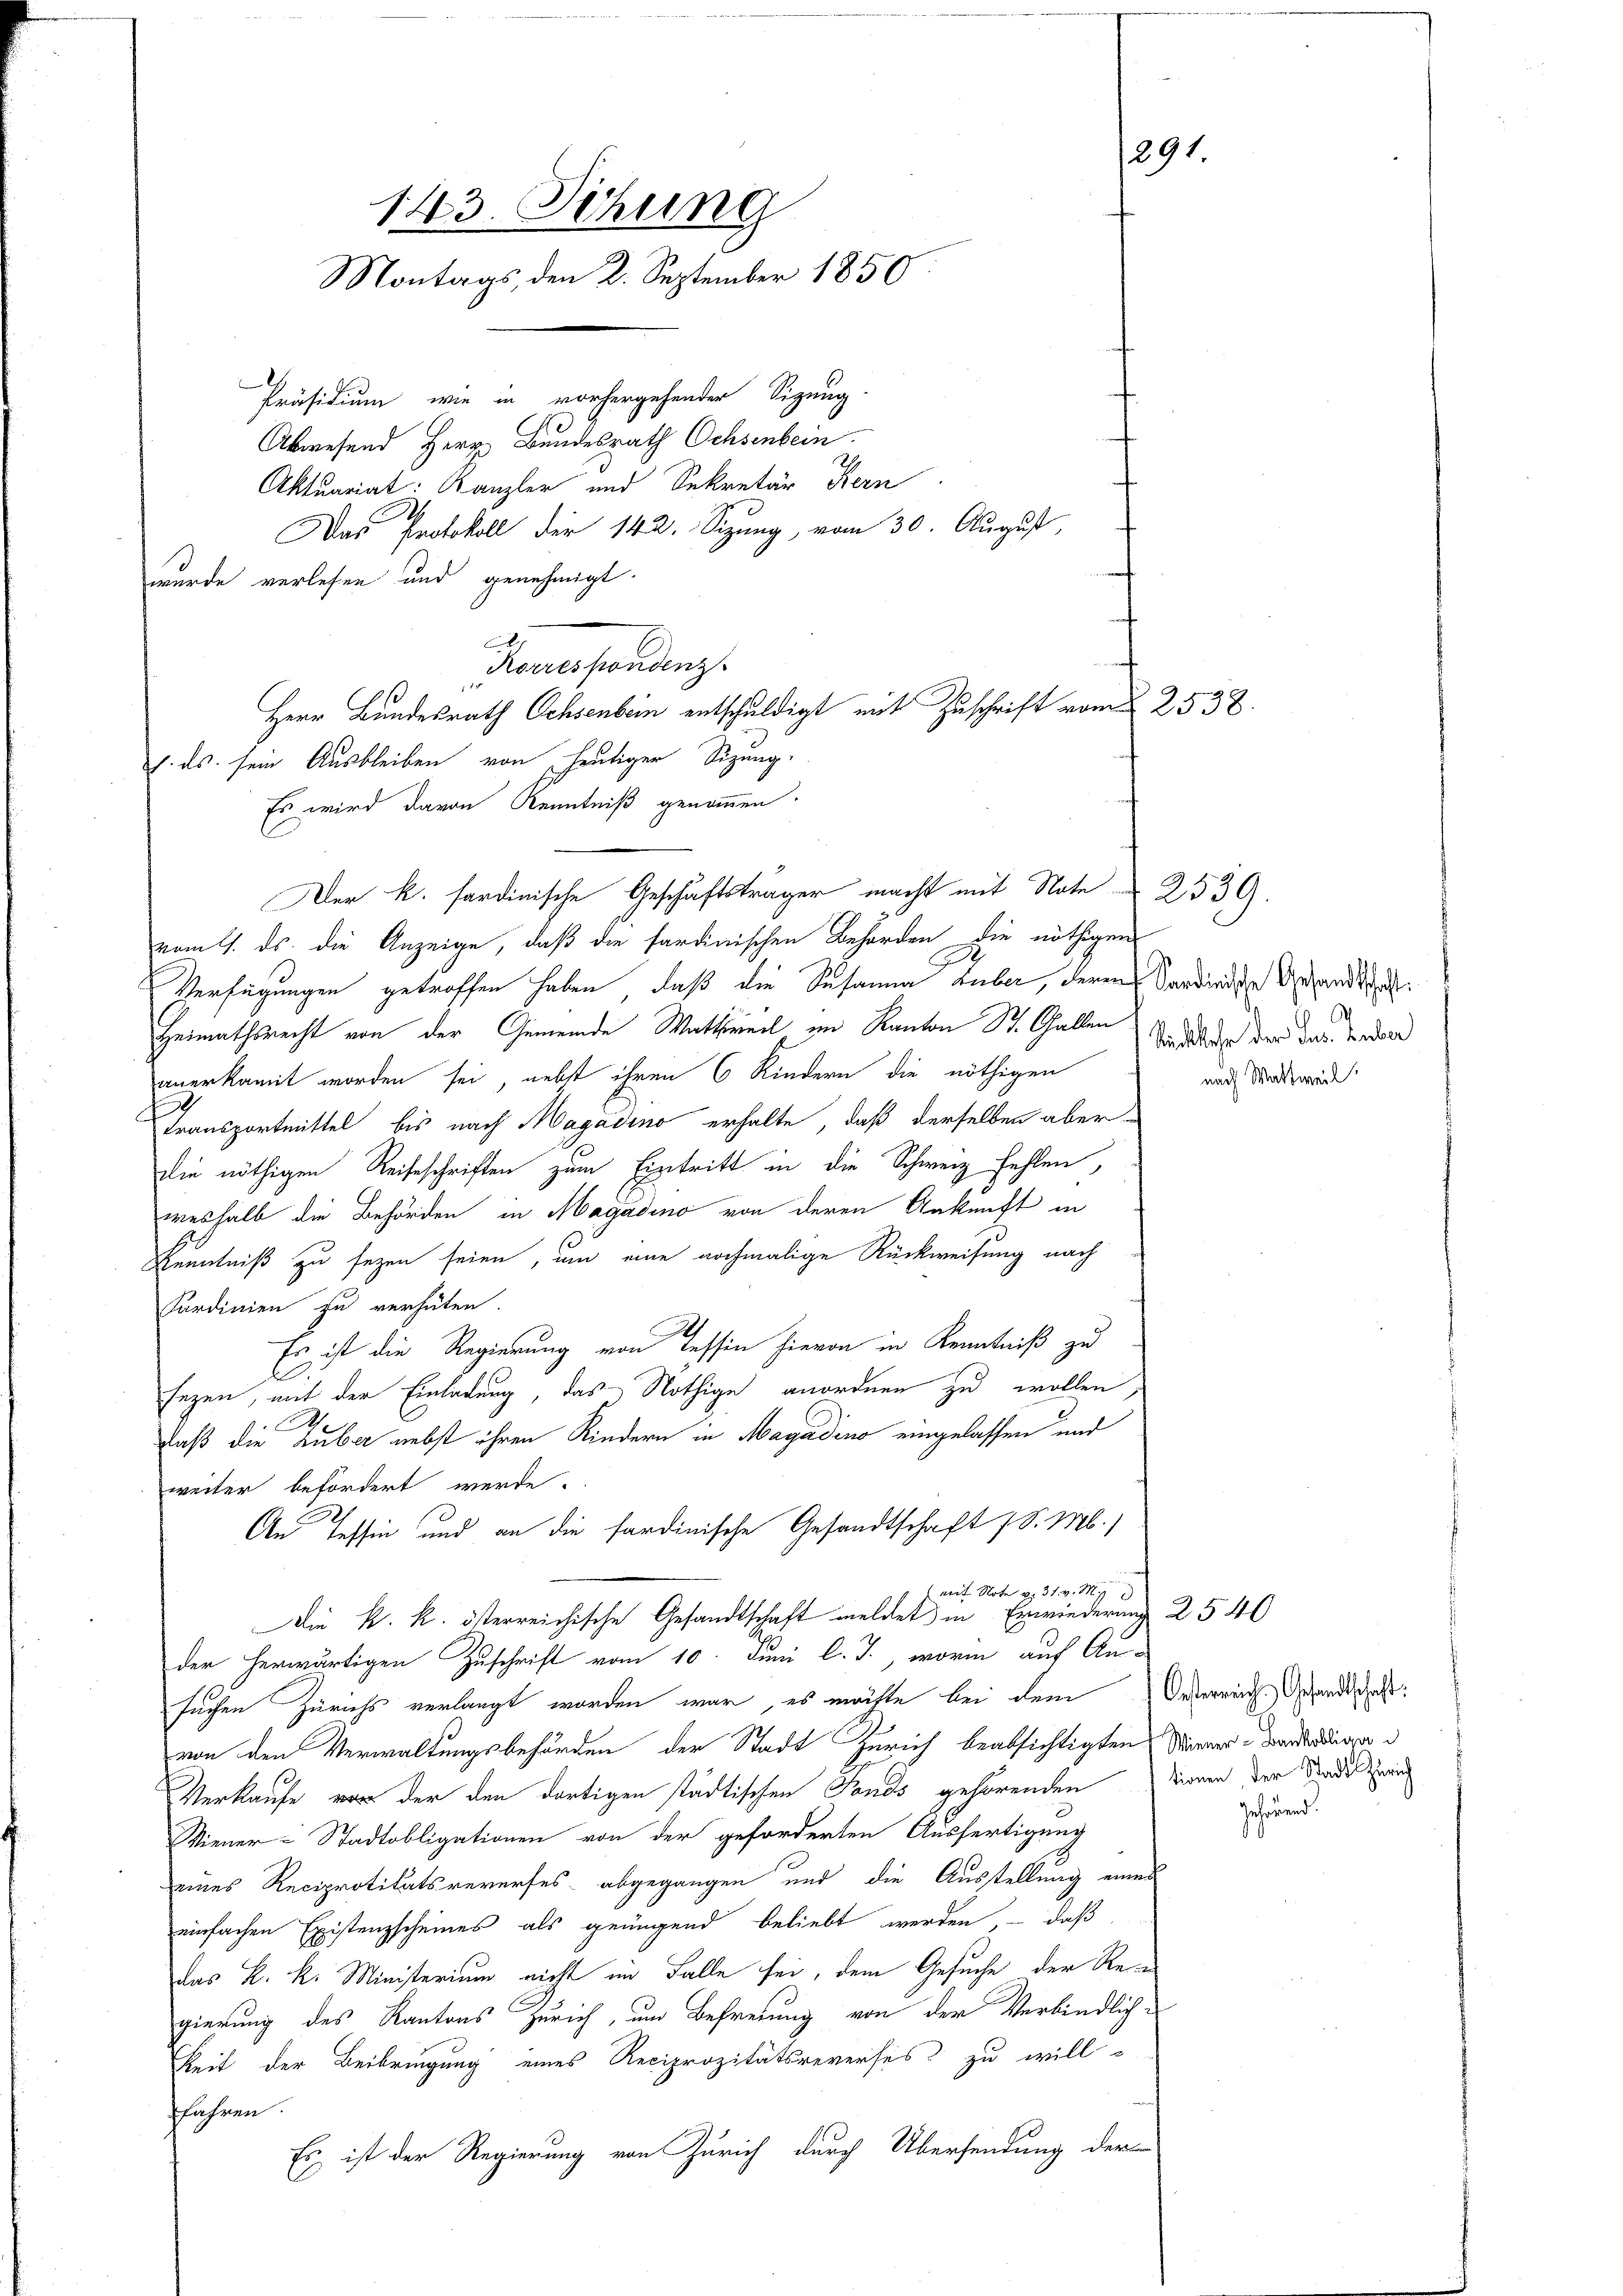
143. Sitzung
Montags, den 2. September 1850

Präsidium, wie in vorhergehender Sitzung
Abwesend Herr Bundesrath Ochsenbein.
Aktuariat: Kanzler und Sekretär Kern
Das Protokoll der 142. Sitzung, vom 30. August,
wurde verlesen und genehmigt.
Genersendenz.
Herr Bundesrath Ochsenbein entschuldigt mit Zuschrift vom 2. 2538.
h. ds. sein Ausbleiben von heutiger Sizung.
Es wird davon Kenntniß genommen.
Der k. sardinische Geschäftsträger macht mit Note 2539.
vom 11. ds. die Anzeige, daß die sardinischen Behörden die nöthigen
Verfügungen getroffen haben, daß die Susanna Huber, deren Sardindige Gesandtschaf¬
Heimathsrecht von der Gemeinde Wattweil im Kanton St. Gallen der der der Bedene
anerkannt worden sei, nebst ihren 6 Kindern die nöthigen
Transportmittel bis nach Magadino erhalte, daß derselben aber-
die nöthigen Reiseschriften zum Eintritt in die Schweiz fehlen,
weshalb die Behörden in Magadino von deren Ankunft in
Kenntniß zu sezen seien, um eine nochmalige Rückweisung nach
Sardinien zu verhüten.
Es ist die Regierung von Tessin hievon in Kenntniß zu
b
sezen, mit der Einladung, das Nöthige anordnen zu wollen,
1
Daß die Zuber nebst ihren Kindern in Magadino eingelassen und
weiter befördert werde.
An Tessin und an die sardinische Gesandtschaft (S. M.)
" mit Note pr 31. v. M.
Die k. k. österreichische Gesandtschaft meldet in Erwiederung
der herwärtigen Zuschrift vom 10. Juni l. J., worin auf An-
suchen Zürichs verlangt worden war, es möchte bei dem
von den Verwaltungsbehörden der Stadt Zürich beabsichtigten Mannes Bauerdiger d
Verkaufe vor der den dortigen städtischen Sands gehörenden Nieren der Sindesra
Wiener-Stadtobligationen von der geforderten Ausfertigung
eines Reciprotitätsreverses abgegangen und die Ausstellung eines
einfachen Existenzscheines als genügend beliebt werden, – daß
das k. k. Ministerium nicht im Falle sei, dem Gesuche der Rein
gierung des Kantons Zürich, um Befreiung von der Verbindlich-
Zeit der Beibringung eines Reciprozitätsreverses zu will-
ffahren.
Es ist der Regierung von Zürich durch Übersendung der

291.

nach Wattweil.

Oesterrich. Gesandtschaft:

2540

Gehörend